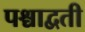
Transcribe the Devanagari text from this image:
पश्चाद्वती